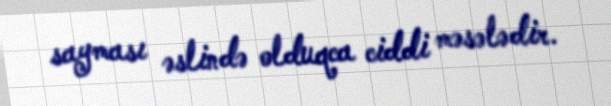
sayması əslində olduqca ciddi məsələdir.